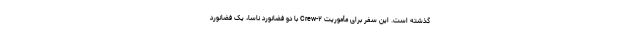
گذشته است. این سفر برای مأموریت Crew-۲ با دو فضانورد ناسا، یک فضانورد